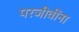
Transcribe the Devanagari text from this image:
परजीवींना